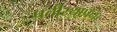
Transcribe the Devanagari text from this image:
प्रतीस्थापना